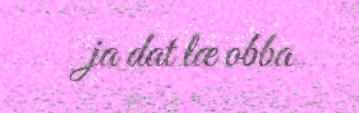
ja dat læ obba